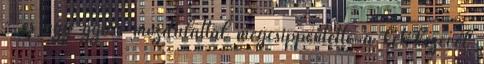
- és egy gyors mozdulattal megcsippentette a két kezével